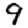
Digit: 9